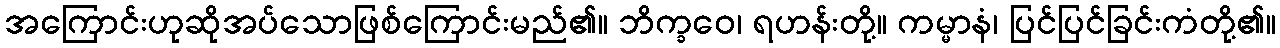
အကြောင်းဟုဆိုအပ်သောဖြစ်ကြောင်းမည်၏။ ဘိက္ခဝေ၊ ရဟန်းတို့။ ကမ္မာနံ၊ ပြင်ပြင်ခြင်းကံတို့၏။